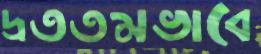
দ্রততমভাবে